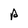
Character: p